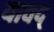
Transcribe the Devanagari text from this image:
यावद्